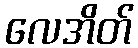
လေအိတ်